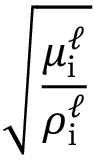
\sqrt { \frac { \mu _ { \mathrm { i } } ^ { \ell } } { \rho _ { \mathrm { i } } ^ { \ell } } }